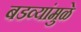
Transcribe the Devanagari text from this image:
बडव्यांमुळे